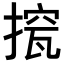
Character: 𢲁